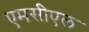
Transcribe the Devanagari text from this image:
एमसीएल